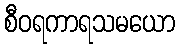
စီဝရကာရသမယော